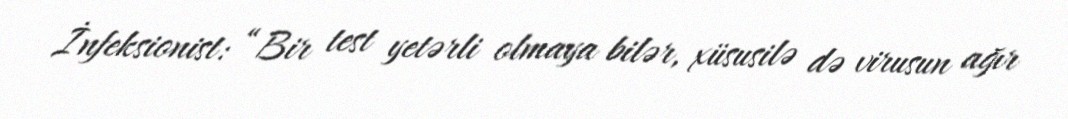
İnfeksionist: “Bir test yetərli olmaya bilər, xüsusilə də virusun ağır